Scottish Leaving Certificate Examination, 1959
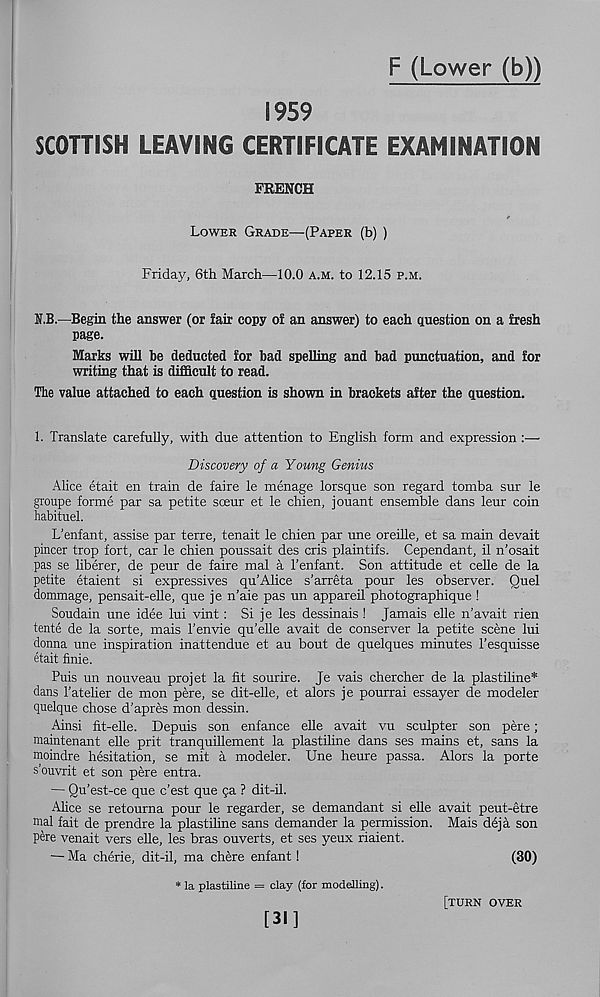
F (Lower (b))
1959
SCOTTISH LEAVING CERTIFICATE EXAMINATION
FRENCH
Lower Grade—(Paper (b) )
Friday, 6th March—10.0 a.m. to 12.15 p.m.
U.B.—Begin the answer (or fair copy of an answer) to each question on a fresh
page.
Marks will be deducted for bad spelling and bad punctuation, and for
writing that is difficult to read.
The value attached to each question is shown in brackets after the question.
1. Translate carefully, with due attention to English form and expression :—
Discovery of a Young Genius
Alice etait en train de faire le menage lorsque son regard tomba sur le
groupe forme par sa petite sceur et le chien, jouant ensemble dans leur coin
habituel.
L’enfant, assise par terre, tenait le chien par une oreille, et sa main devait
pincer trop fort, car le chien poussait des cris plaintifs. Cependant, il n'osait
pas se liberer, de peur de faire mal a Tenfant. Son attitude et celle de la
petite etaient si expressives qu’Alice s’arreta pour les observer. Quel
dommage, pensait-elle, que je n’aie pas un appareil photographique !
Soudain une idee lui vint: Si je les dessinais ! Jamais elle n’avait rien
tente de la sorte, mais 1’envie qu’elle avait de conserver la petite scene lui
donna une inspiration inattendue et au bout de quelques minutes Tesquisse
etait finie.
Puis un nouveau projet la fit sourire. Je vais chercher de la plastiline*
dans I’atelier de mon pere, se dit-elle, et alors je pourrai essayer de modeler
quelque chose d’apres mon dessin.
Ainsi fit-elle. Depuis son enfance elle avait vu sculpter son pere;
maintenant elle prit tranquillement la plastiline dans ses mains et, sans la
moindre hesitation, se mit a modeler. Une heure passa. Alors la porte
s’ouvrit et son pere entra.
— Qu’est-ce que e’est que qa ? dit-il.
Alice se retourna pour le regarder, se demandant si elle avait peut-etre
mal fait de prendre la plastiline sans demander la permission. Mais deja son
pere venait vers elle, les bras ouverts, et ses yeux riaient.
— Ma cherie, dit-il, ma chere enfant !
(30)
la plastiline = clay (for modelling).
[31]
[turn over